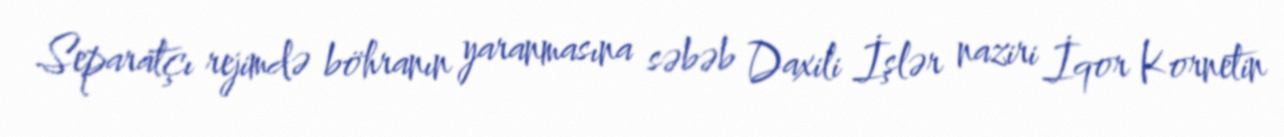
Separatçı rejimdə böhranın yaranmasına səbəb Daxili İşlər naziri İqor Kornetin